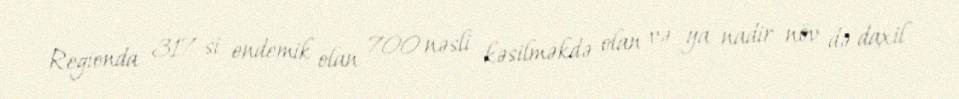
Regionda 317-si endemik olan 700 nəsli kəsilməkdə olan və ya nadir növ də daxil